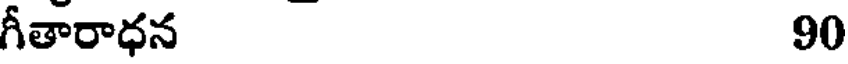
గీతారాధన 90